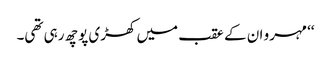
‘‘ مہرو ان کے عقب میں کھڑی پوچھ رہی تھی۔